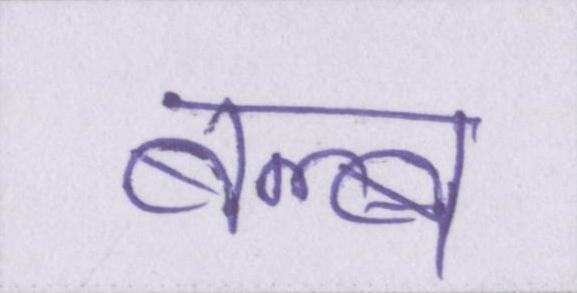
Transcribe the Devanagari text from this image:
बल्ब